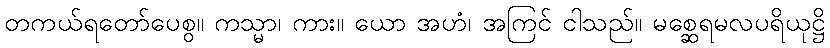
တကယ်ရတော်ပေစွ။ ကသ္မာ၊ ကား။ ယော အဟံ၊ အကြင် ငါသည်။ မစ္ဆေရမလပရိယုဋ္ဌိ